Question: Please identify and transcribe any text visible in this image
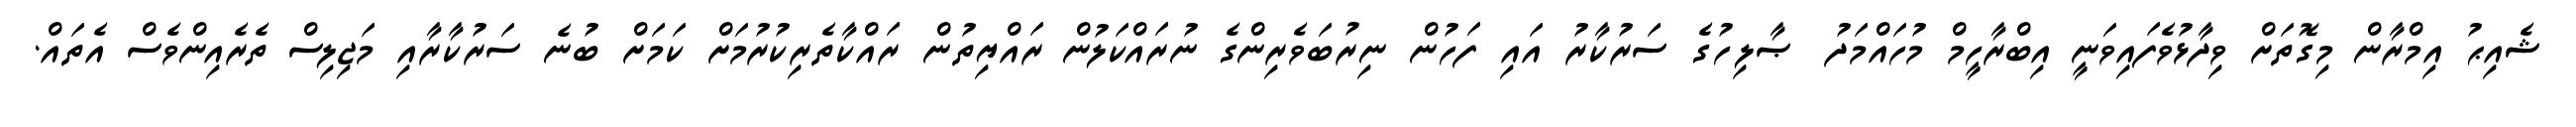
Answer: ޝެއިޙު އިމްރާން މިގޮތަށް ވިދާޅުވެފައިވަނީ އިބްރާހީމް މުހައްމަދު ޞާލިހުގެ ސަރުކާރު އައި ފަހުން ނިރުބަވެރިންގެ ނުރައްކަލުން ރައްޔިތުން ރައްކާތެރިކުރުމަށް ކަމަށް ބުނެ ސަރުކާރާއި މަޖިލިސް ތެރެއިންވެސް އެތައް.